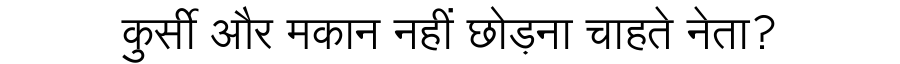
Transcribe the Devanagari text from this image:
कुर्सी और मकान नहीं छोड़ना चाहते नेता?